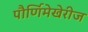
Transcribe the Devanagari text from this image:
पौर्णिमेखेरीज